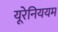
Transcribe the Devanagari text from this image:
यूरेनिययम